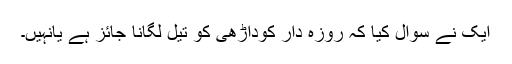
ایک نے سوال کیا کہ روزہ دار کوداڑھی کو تیل لگانا جائز ہے یانہیں۔